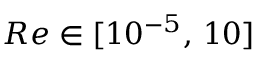
R e \in [ 1 0 ^ { - 5 } , \, 1 0 ]